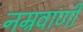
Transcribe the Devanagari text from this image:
नम्रवाणी